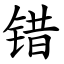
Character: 错